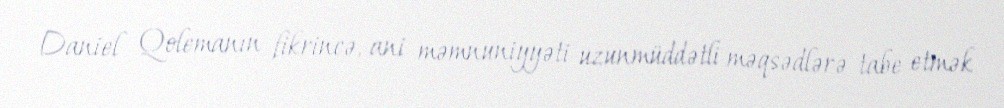
Daniel Qolemanın fikrincə, ani məmnuniyyəti uzunmüddətli məqsədlərə tabe etmək